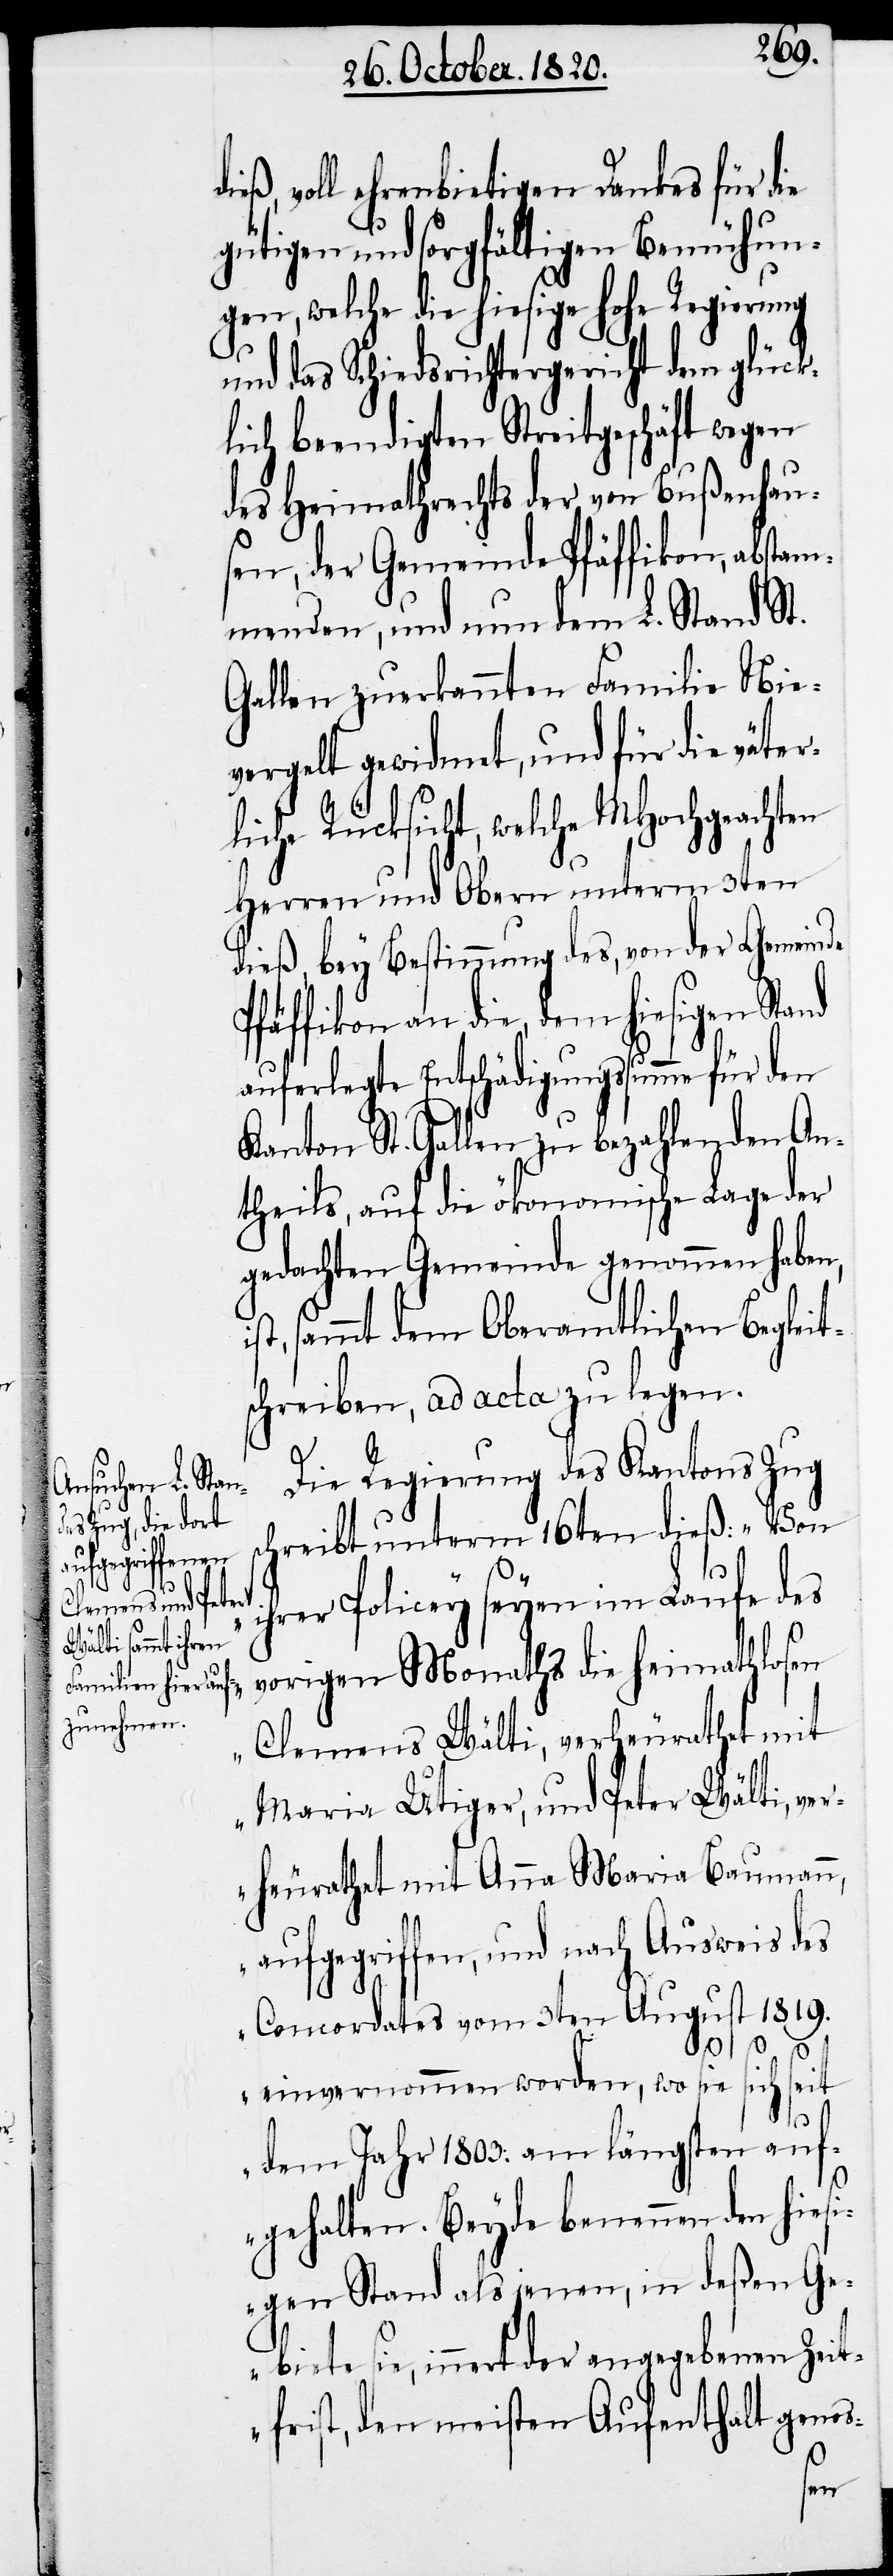
ieß, voll ehrenbietigen Dankens für die
gütigen und sorgfältigen Bemühun¬
gen, welche die hiesige hohe Regierung
und das Schiedsrichtergericht dem glück¬
lich beendigten Streitgeschäft wegen
des Heimathrechts der von Bußenhaus¬
en, der Gemeinde Pfäffikon, abstam¬
menden, und nun dem L. Stand St.
Gallen zuerkannten Familie Nie¬
vergelt gewidmet, und für die väter¬
liche Rücksicht, welche
Herren und Obern unterm 3ten
dieß, bey Bestimmung des, von der Gemeinde
fäffikon an die, dem hiesigen
auferlegte Entschädigungssumme für den
Kanton St. Gallen zu bezahlenden An¬
theils, auf die ökonomische Lage der
gedachten Gemeinde genommen haben,
sammt dem oberamtlichen Begleit¬
chreiben, ad acta zu legen.
Die Regierung des Kantons Zug
schreibt unterm 16ten dieß: „Von
d¬
hrer Policey seyen im Laufe des
s¬
vorigen Monaths die Heimathlosen
Clemens Wälti, verheurathet mit
Maria Utiger, und Peter Wälti, ver¬
heurathet mit Anna Maria Baumann,
aufgegriffen, und nach Ausweis des
Concordates vom 3ten August 1819.
einvernommen worden, wo sie sich seit
dem Jahr 1803. am längsten auf¬
gehalten. Beyde benennen den hiesi¬
gen Stand als jenen, in deßen Ge¬
biete sie, innert der angegebenen Zeit¬
frist, den meisten Aufenthalt genos-
i¬